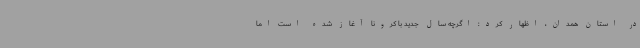
در استان همدان، اظهار کرد: اگرچه سال جدید با کرونا آغاز شده است اما